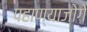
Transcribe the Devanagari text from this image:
पहाण्याजोगे